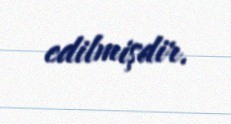
edilmişdir.